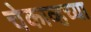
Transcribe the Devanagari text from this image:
चेकाव्हच्या